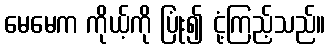
မေမေက ကိုယ့်ကို ပြုံး၍ ငုံ့ကြည့်သည်။